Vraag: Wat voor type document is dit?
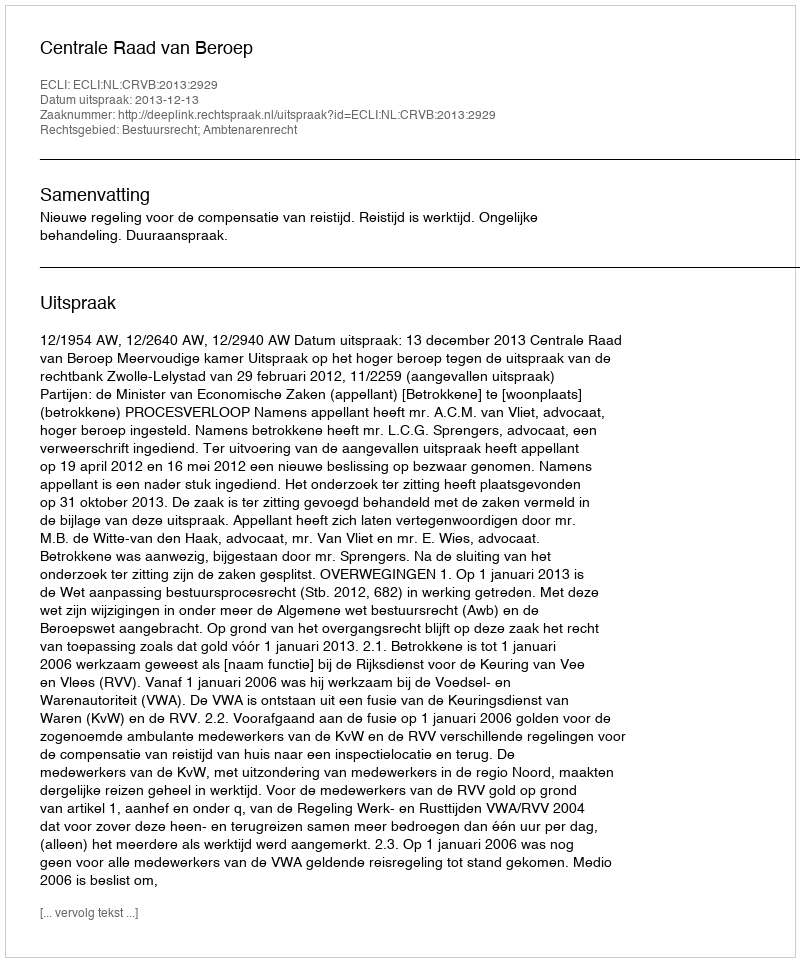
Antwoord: Uitspraak